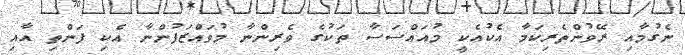
ނެގުމާއި ރޭވުންތެރިކަމާ އެކުއެކީ މުއައްސަސާ ތަކުގެ ވެރިންނާ މުވައްޒަފުންނާ އެކި ފަންތި އާއި